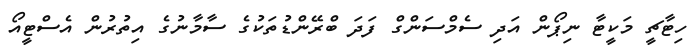
ހިޓާޗީ މަކީޓާ ނިޕޯން އަދި ސެމްސަންގް ފަދަ ބްރޭންޑުތަކުގެ ސާމާނުގެ އިތުރުން އެސްޓީއޯ